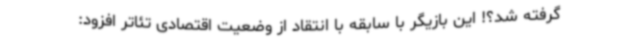
گرفته شد؟! این بازیگر با سابقه با انتقاد از وضعیت اقتصادی تئاتر افزود: